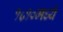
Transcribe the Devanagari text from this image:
१८१०मध्ये